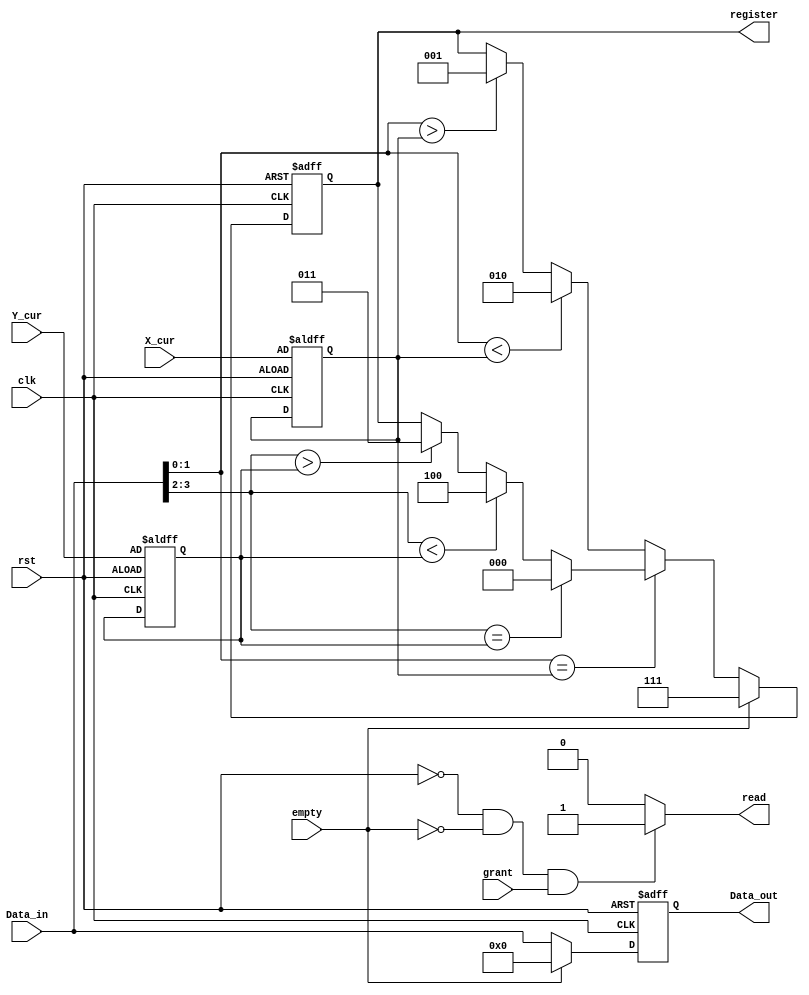
`timescale 1ns / 1ps
//////////////////////////////////////////////////////////////////////////////////
// Company: HCMUTE
// 
// Design Name: 
// Module Name:    input_controler 
// Project Name: 
// Target Devices: 
// Tool versions: 
// Description: 
//
// Dependencies: 
//
// Revision: 
// Revision 0.01 - File Created
// Additional Comments: 
// check : ok
//////////////////////////////////////////////////////////////////////////////////
module input_controler
#(parameter DATA_WIDTH = 8,
  parameter N_REGISTER = 3,
  parameter N_ADD = 2)
(input [N_ADD-1:0] X_cur,Y_cur,
 input [DATA_WIDTH-1:0] Data_in,
 output reg [DATA_WIDTH-1:0] Data_out,
 input empty,grant,
 input clk,rst,
 output wire read,
 output reg [N_REGISTER-1:0] register
 );
 
reg [N_ADD-1:0] x_add_cur,y_add_cur;
reg [DATA_WIDTH-1:0] data_reg;
reg [N_ADD-1:0] x_add_des,y_add_des;
localparam [N_REGISTER-1:0] not_register = 3'b111;
	
always@(posedge clk, posedge rst)
	begin
		if(rst)
			begin
				x_add_cur = X_cur;
				y_add_cur = Y_cur;
				Data_out = 0;
				register = not_register;
			end
		else
			begin
				if(empty == 0)
				begin
					data_reg = Data_in;
					x_add_des = {data_reg[1],data_reg[0]}; //get x_des address
					y_add_des = {data_reg[3],data_reg[2]}; //get y_des address
					Data_out = data_reg;
					/*XY routing*/
					if(x_add_des == x_add_cur)
						begin
							if(y_add_des == y_add_cur)
								register = 3'b000; /*output = local*/
							else
								begin
									if(y_add_des > y_add_cur)
										register = 3'b011; /*output = N top*/
									if(y_add_des < y_add_cur)
										register = 3'b100; /*output = S bottom*/
								end
						end
					else
						begin
							if(x_add_des > x_add_cur)
								register = 3'b001; /*output = E ->*/
							if(x_add_des < x_add_cur)
								register = 3'b010; /*output = W <-*/
						end
				end
				if(empty == 1)
					begin
						Data_out = 0;
						register = not_register;
					end
			end
	end
	
assign read = (rst == 0 && empty == 0 && grant == 1) ? 1'b1 : 1'b0;

endmodule